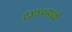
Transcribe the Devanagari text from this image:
१४४०मध्ये